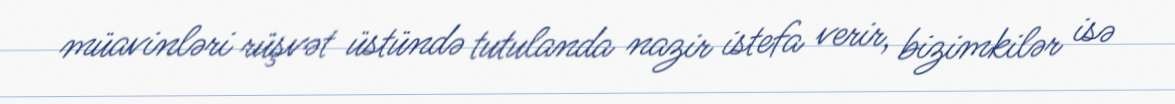
müavinləri rüşvət üstündə tutulanda nazir istefa verir, bizimkilər isə